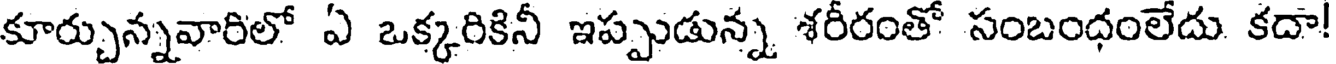
కూర్చున్నవారిలో ఏ ఒక్కరికినీ ఇప్పుడున్న శరీరంతో సంబంధంలేదు కదా!